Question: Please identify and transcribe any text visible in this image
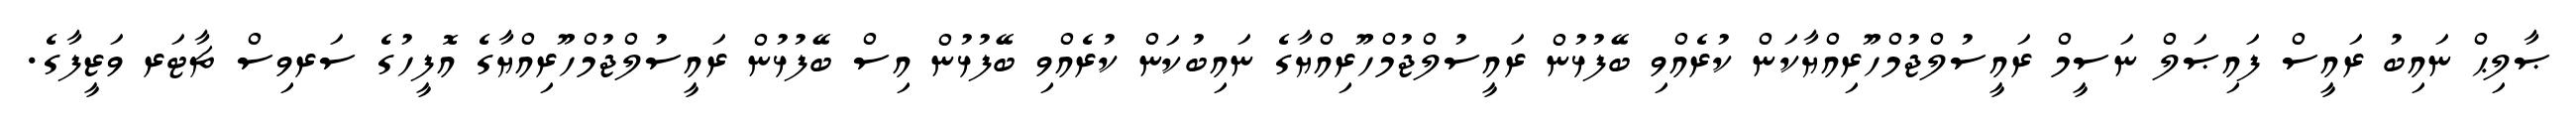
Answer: ޞާލިޙް ނައިބު ރައީސް ފައިޞަލް ނަސީމް ރައީސުލްޖުމްހޫރިއްޔާކަން ކުރެއްވި ބޭފުޅުން ރައީސުލްޖުމްހޫރިއްޔާގެ ނައިބުކަން ކުރެއްވި ބޭފުޅުން އިސް ބޭފުޅުން ރައީސުލްޖުމްހޫރިއްޔާގެ އޮފީހުގެ ސަރވިސް ޗާޓަރ ވަޒީފާގެ.